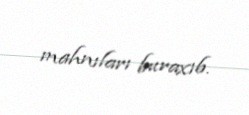
mahnıları buraxıb.